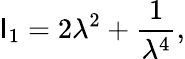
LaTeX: \mathsf{I}_{1}=2\lambda^{2}+\frac{{1}}{{\lambda^{4}}},